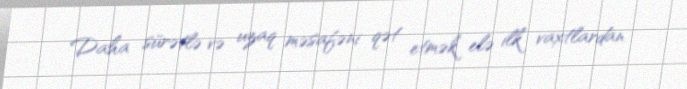
Daha sürətlə və uzaq məsafəni qət etmək elə ilk vaxtlardan